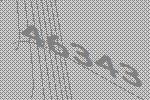
46343